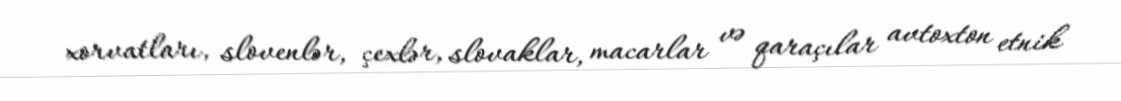
xorvatları, slovenlər, çexlər, slovaklar, macarlar və qaraçılar avtoxton etnik